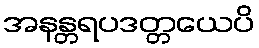
အနန္တရပဒတ္တယေပိ